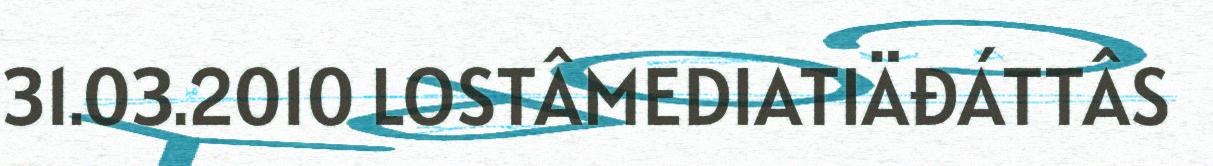
31.03.2010 LOSTÂMEDIATIÄĐÁTTÂS